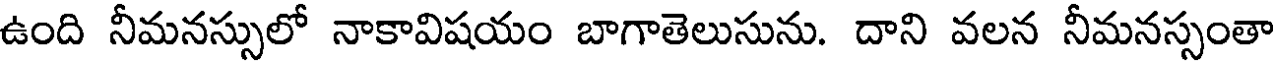
ఉంది నీమనస్సులో నాకావిషయం బాగాతెలుసును. దాని వలన నీమనస్సంతా